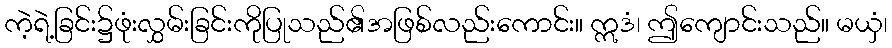
ကဲ့ရဲ့ခြင်း၌ဖုံးလွှမ်းခြင်းကိုပြုသည်၏အဖြစ်လည်းကောင်း။ ဣဒံ၊ ဤကျောင်းသည်။ မယှံ၊